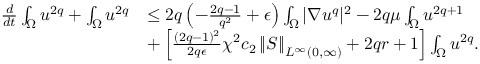
\begin{array} { r l } { \frac { d } { d t } \int _ { \Omega } u ^ { 2 q } + \int _ { \Omega } u ^ { 2 q } } & { \leq 2 q \left( - \frac { 2 q - 1 } { q ^ { 2 } } + \epsilon \right) \int _ { \Omega } | \nabla u ^ { q } | ^ { 2 } - 2 q \mu \int _ { \Omega } u ^ { 2 q + 1 } } \\ & { + \left[ \frac { ( 2 q - 1 ) ^ { 2 } } { 2 q \epsilon } \chi ^ { 2 } c _ { 2 } \left\| S \right\| _ { L ^ { \infty } ( 0 , \infty ) } + 2 q r + 1 \right] \int _ { \Omega } u ^ { 2 q } . } \end{array}